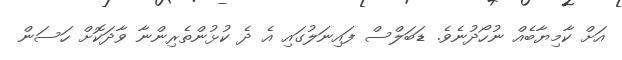
އަށް ކާމިޔާބެއް ނުހޯދުނެވެ. ޑަބަލްސް ފައިނަލުގައި އެ ދެ ކުޅުންތެރިންނާ ވާދަކޮށް ހަސަން